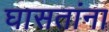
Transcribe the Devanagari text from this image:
घासतांना